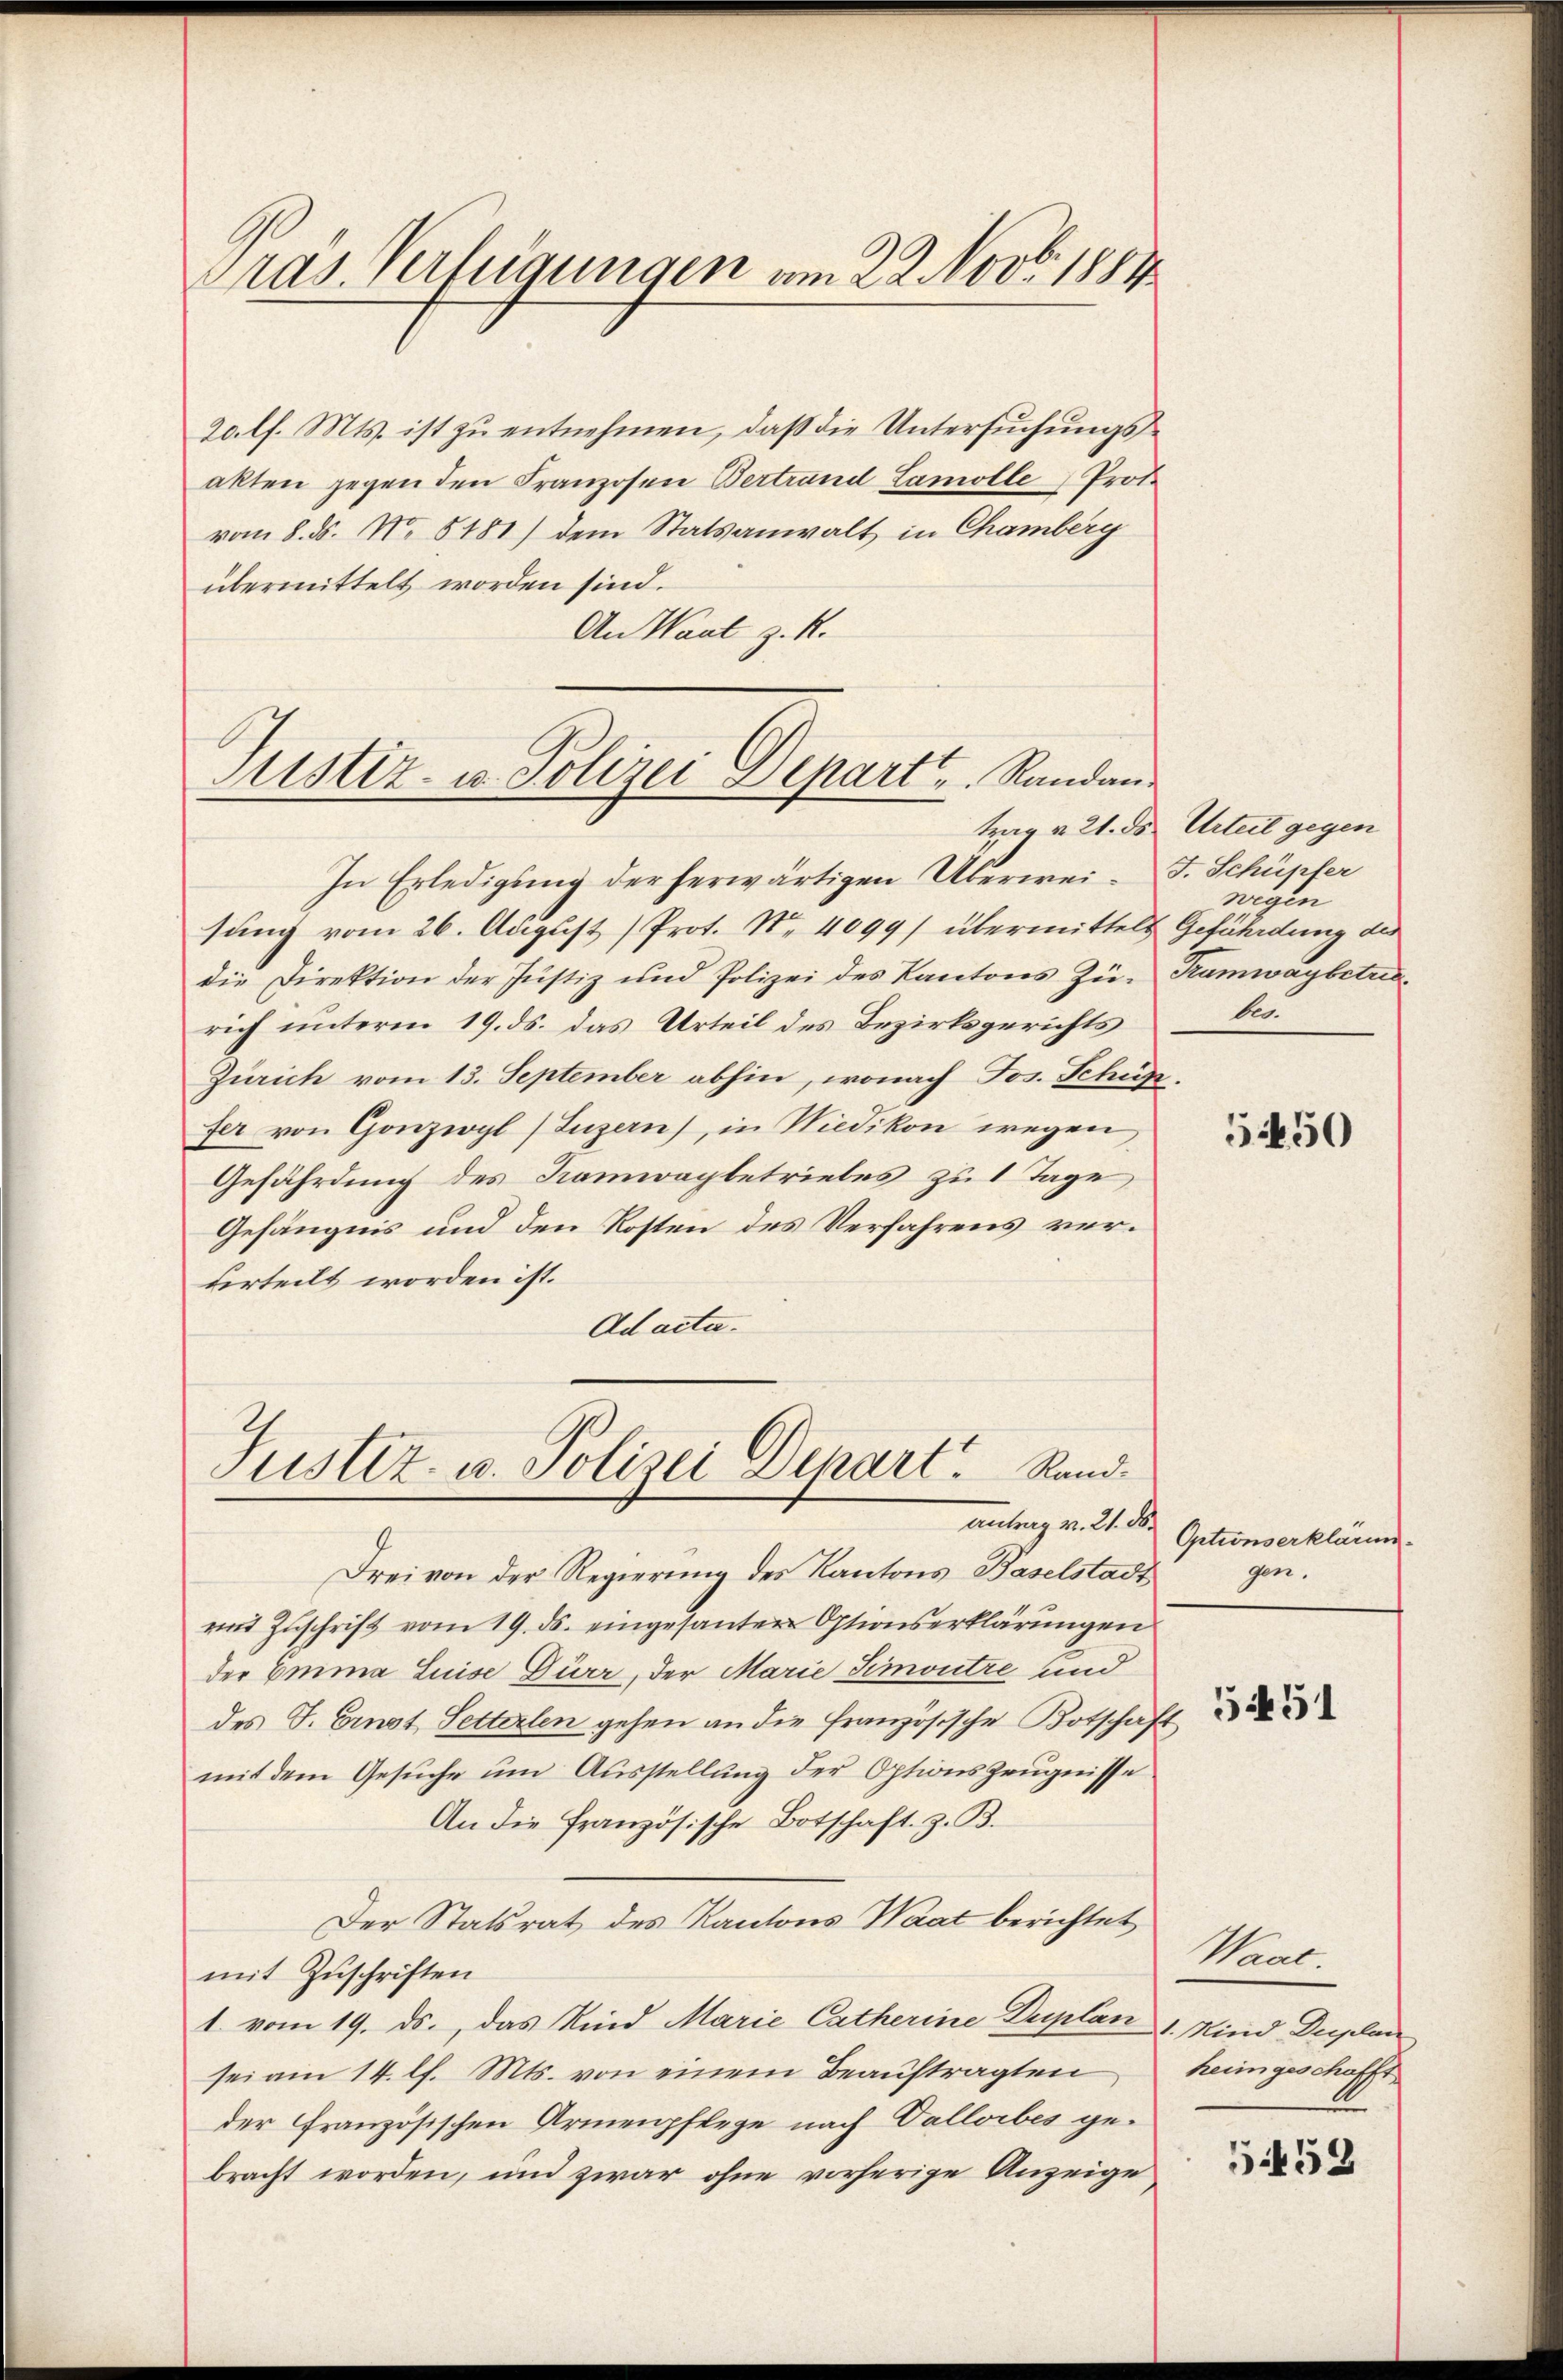
Pras. Verfügungen am 22. Nov. 1881

20 l. Mts. ist zu entnehmen, daß die Untersŭchŭngs-
akten gegen den Franzosen Vertrand Lamolle Prot.
vom 8. ds. No 5181) dem Statsanwalt in Chamberg
übermittelt worden sind.
An Wart z. K.

Justiz- u. Polizei Depart. Randan¬

Justiz- u. Polizei Depart. Rand
Antrag v. 21. ds.

In Erledigung der herwärtigen Überweisung vom 26. August (Prot. No. 4099/ übermittels Gefährdung des
die Direktion der Justiz und Polizei des Kantons Zü- Tramwaybetrierich unterm 19. ds. das Urteil des Bezirksgerichts
Zürich vom 13. September abhin, wonach Jos. Schütz
fer von Gonzwyl (Luzern), in Wiedikon wegen
Gefährdung des Kamwagbetriebes zu 1 Tage
Gefängnis und den Kosten des Verfahrens verurteilt worden ist.
Ad acta.

Frei von der Regierung des Kantons Baselstadt
mit Zuschrift vom 19. ds. eingesanten Optionserklärungen
der Emma Luise Dürr, der Marie Simontre und
des J. Einst Setterlen gehen an die französische Botschaft
mit dem Gesuche um Ausstellung der Options Zeugnisse
An die französische Botschaft z. B.
Der Statsrat des Kantons Waat berichtet
mit Zuschriften
1 vom 19. ds., das Kind Marie Catherine Duplan 1. Kind Duplan
sei am 14. lf. Mts. von einem Beaŭftragten heimgeschofft
der Französischen Armenpflege nach Vallorbes gebracht worden, und zwar ohne vorherige Anzeige

trag v. 21. ds. Urteil gegen
J. Schüpfer
wegen
be

5450

Optionserklärun
gen.

5451

Waal.

5452